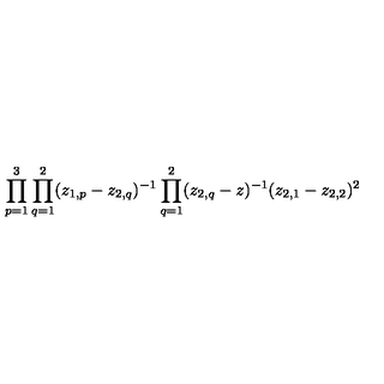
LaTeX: \prod _ { p = 1 } ^ { 3 } \prod _ { q = 1 } ^ { 2 } ( z _ { 1 , p } - z _ { 2 , q } ) ^ { - 1 } \prod _ { q = 1 } ^ { 2 } ( z _ { 2 , q } - z ) ^ { - 1 } ( z _ { 2 , 1 } - z _ { 2 , 2 } ) ^ { 2 }